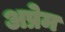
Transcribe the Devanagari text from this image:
अप्रेम